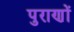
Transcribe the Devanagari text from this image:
पुराणाें